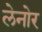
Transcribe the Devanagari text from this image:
लेनोर